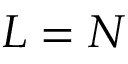
L = N